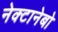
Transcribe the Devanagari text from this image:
नेक्टानेबो